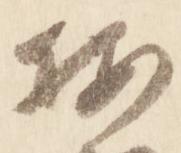
按